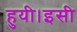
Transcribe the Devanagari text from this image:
हुयी।इसी